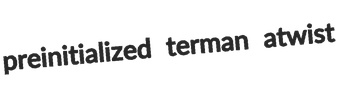
preinitialized terman atwist